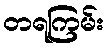
တရကြမ်း